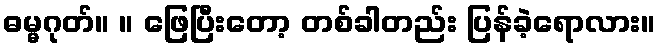
ဓမ္မဂုတ်။ ။ ဖြေပြီးတော့ တစ်ခါတည်း ပြန်ခဲ့ရောလား။